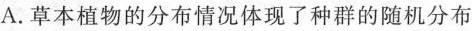
A.草本植物的分布情况体现了种群的随机分布